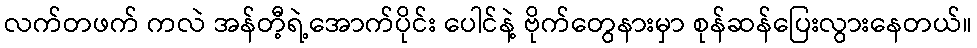
လက်တဖက် ကလဲ အန်တီ့ရဲ့အောက်ပိုင်း ပေါင်နဲ့ ဗိုက်တွေနားမှာ စုန်ဆန်ပြေးလွားနေတယ်။